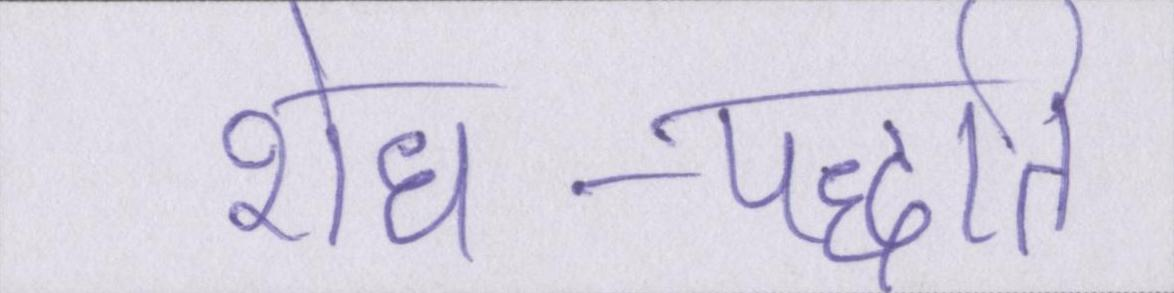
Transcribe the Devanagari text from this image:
शोध-पद्धति